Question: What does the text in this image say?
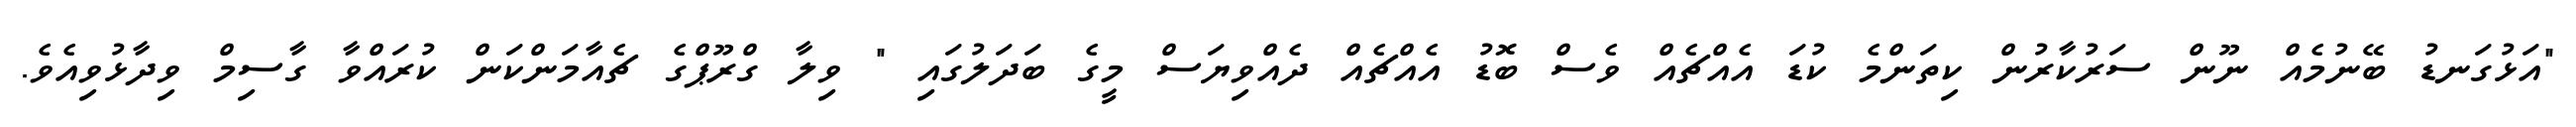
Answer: "އަޅުގަނޑު ބޭނުމެއް ނޫން ސަރުކާރުން ކިތަންމެ ކުޑަ އެއްޗެއް ވެސް ބޮޑު އެއްޗެއް ދެއްވިޔަސް މީގެ ބަދަލުގައި " ވިލާ ގްރޫޕްގެ ޗެއާމަންކަން ކުރައްވާ ގާސިމް ވިދާޅުވިއެވެ.